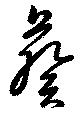
葵